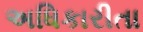
અધિકારીતા